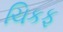
ચિકફ